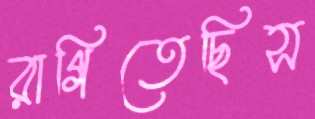
রাগিতেছিস